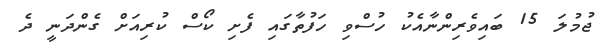
ޖުމުލަ 15 ބައިވެރިންނާއެކު ހުސްވި ހަފުތާގައި ފެށި ކޯސް ކުރިއަށް ގެންދަނީ ދެ